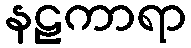
နဠကာရာ